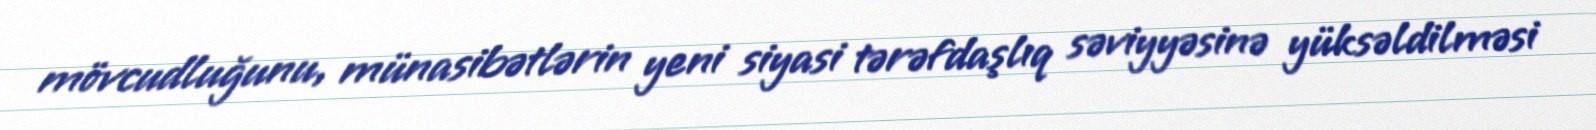
mövcudluğunu, münasibətlərin yeni siyasi tərəfdaşlıq səviyyəsinə yüksəldilməsi